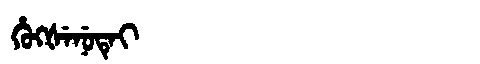
Manchu: ᡥᡠᡴᡧᡝᠨᡠᡨᡝᡳ
Romanization: HUKŠENUTEI